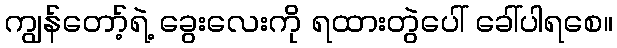
ကျွန်တော့်ရဲ့ ခွေးလေးကို ရထားတွဲပေါ် ခေါ်ပါရစေ။